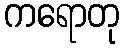
ကရောတု